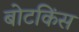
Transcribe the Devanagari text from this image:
बोटकिंस